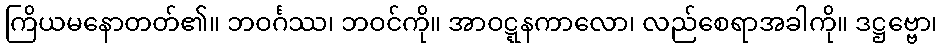
ကြိယမနောတတ်၏။ ဘဝင်္ဂဿ၊ ဘဝင်ကို။ အာဝဋ္ဋနကာလော၊ လည်စေရာအခါကို။ ဒဋ္ဌဗ္ဗော၊